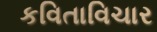
કવિતાવિચાર